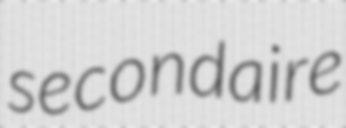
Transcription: secondaire